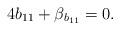
LaTeX: \begin{align*}4b_{11}+\beta_{b_{11}}=0.\end{align*}